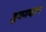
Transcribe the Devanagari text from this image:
जुजगव्हाण